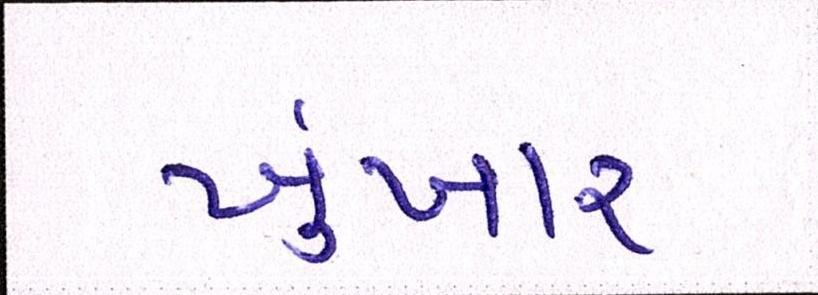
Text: ખુંખાર